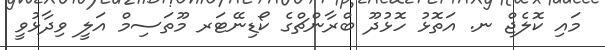
މައި ކޮލެޖް ނ. އަތޮޅު ހޮޅުދޫ ބްރާންޗްގެ ކޯޑިނޭޓަރ މޫތަސިމް އަލީ ވިދާޅުވީ